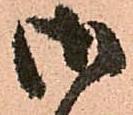
御